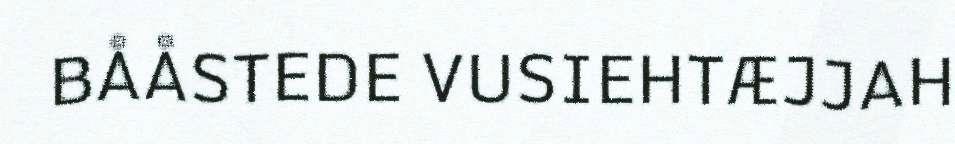
BÅÅSTEDE VUSIEHTÆJJAH